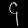
Digit: ၄